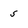
Character: 5